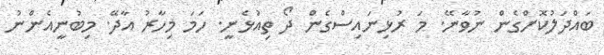
ބައްދަލުކޮށްގެން ނުވާނޭ. މަ ރުޅިނައިސްގެން ދޯ ތިއުޅެނީ. ހަމަ މިހާރު އާދޭ. މިބުނީއެންނު